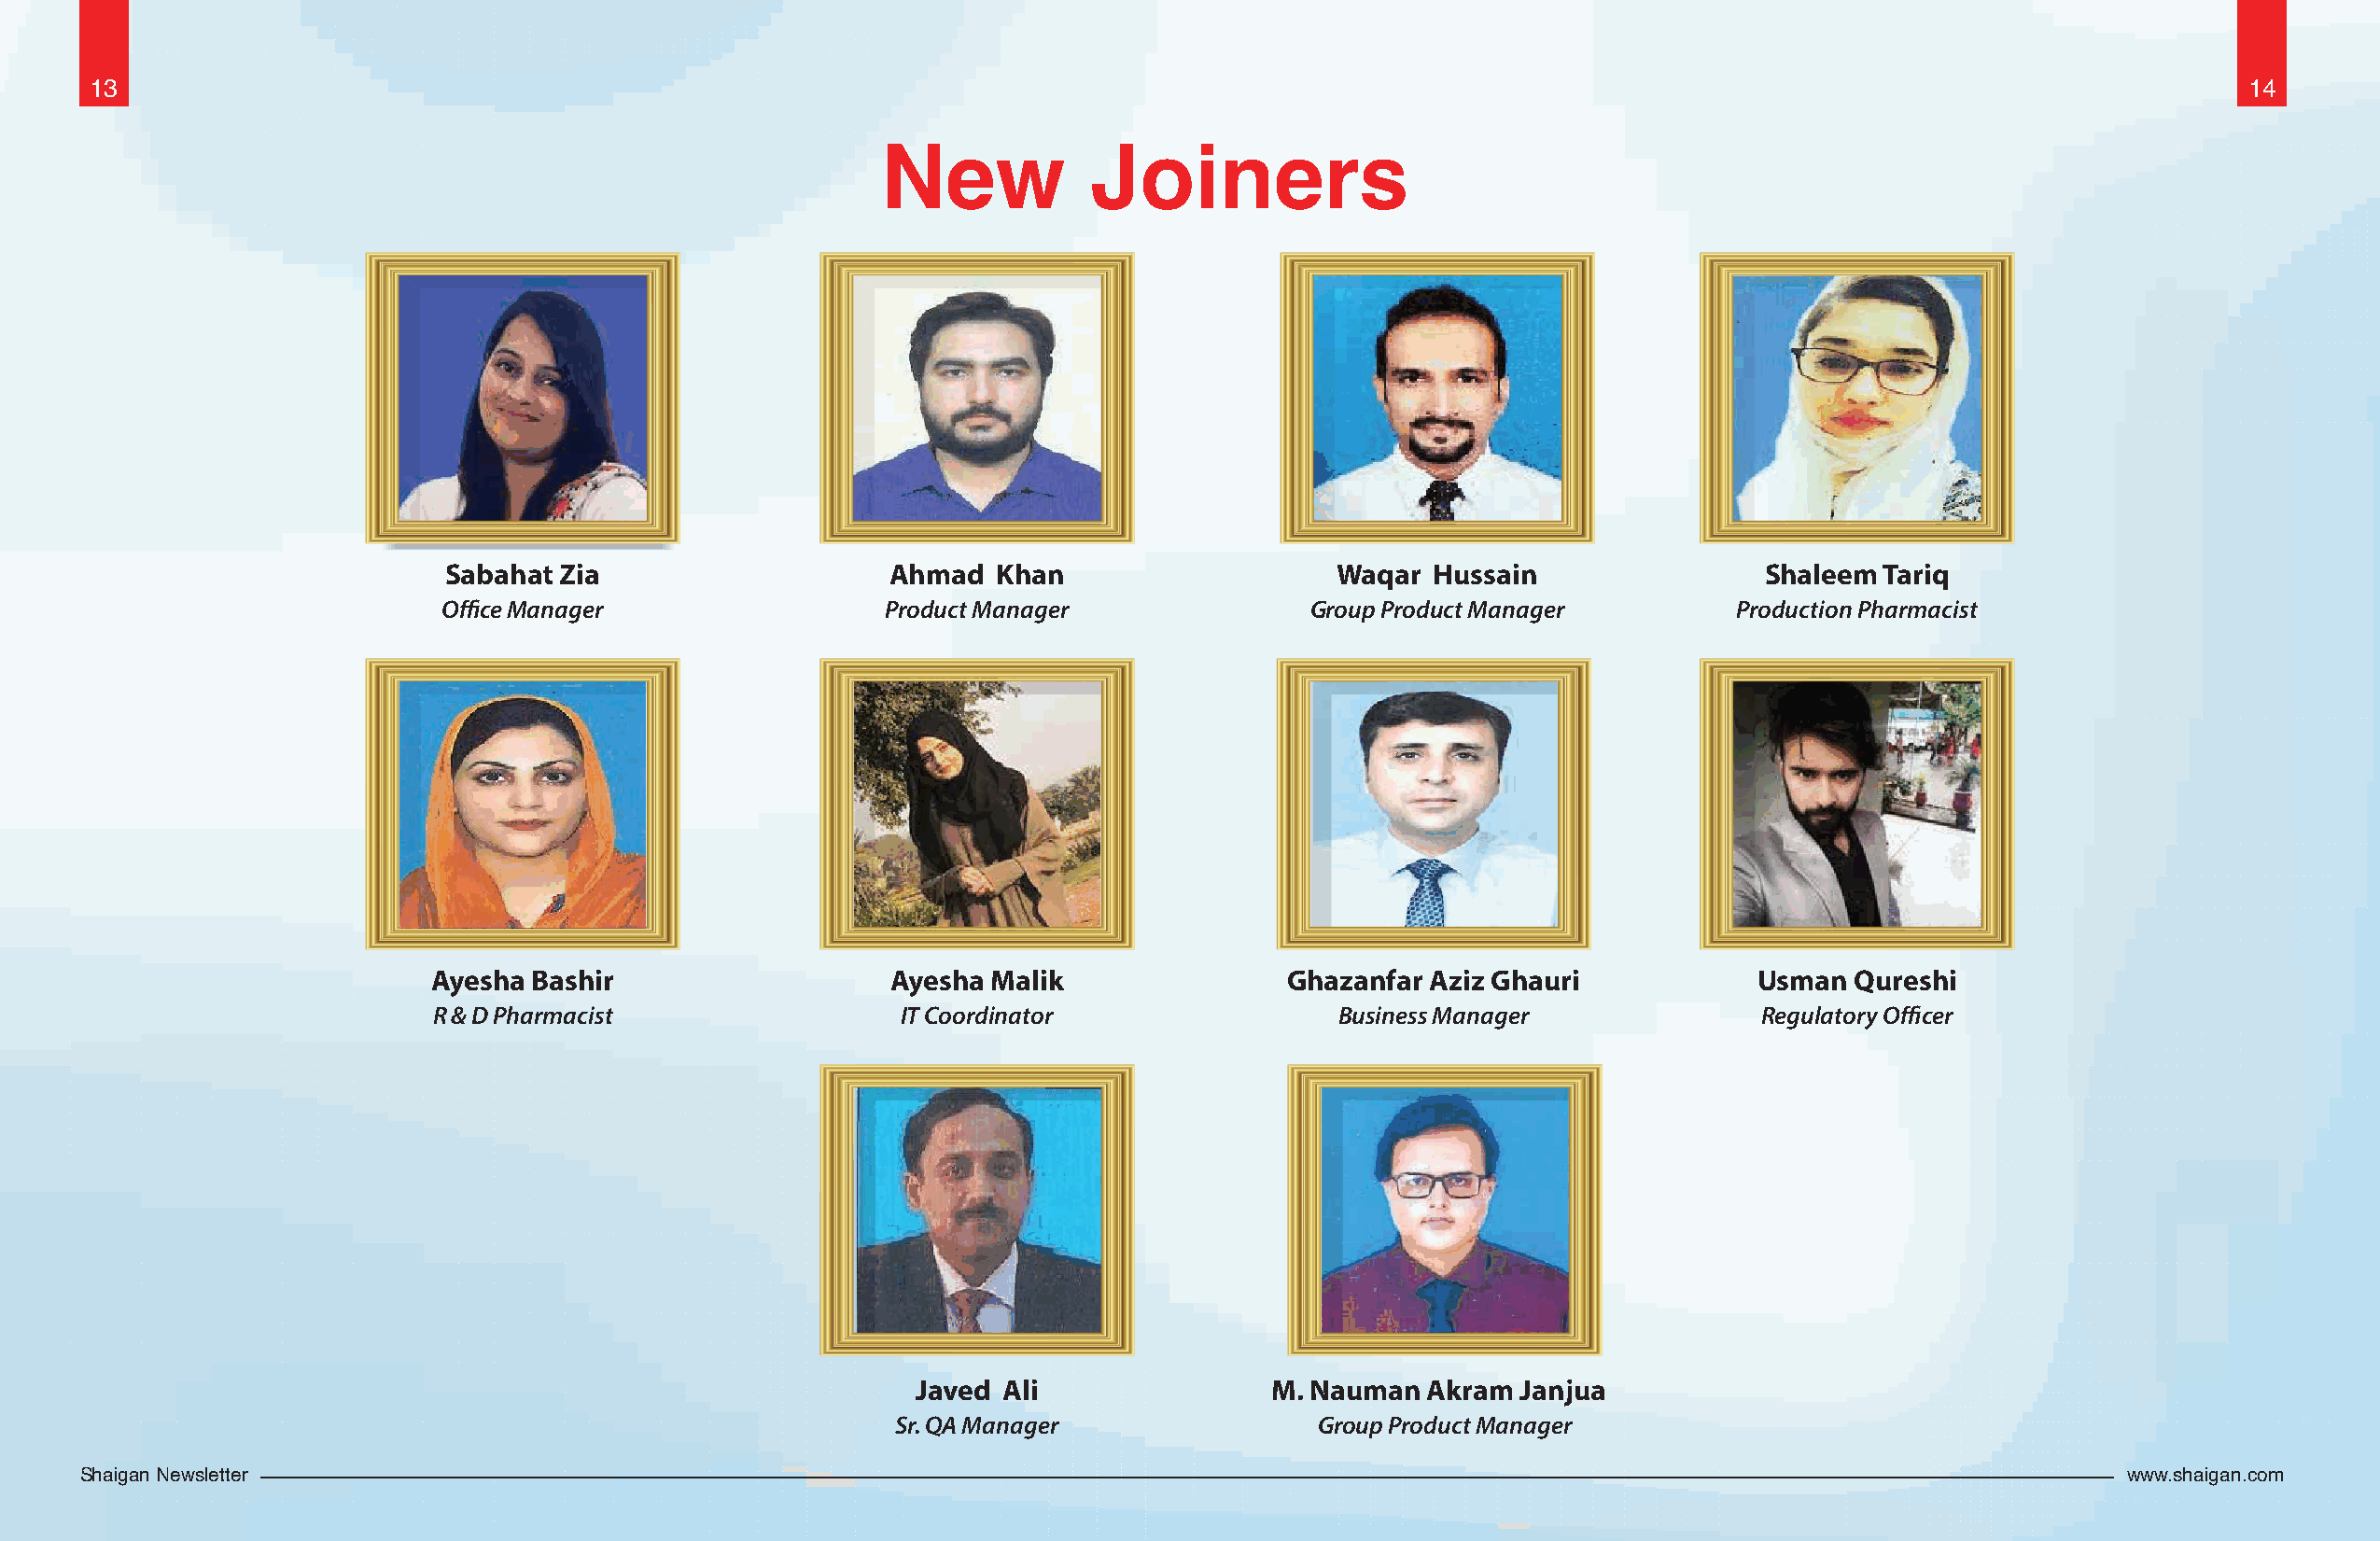
13                                                                                                                                                       14
 New           Joiners
 Sabahat Zia                    Ahmad   Khan                    Waqar  Hussain                Shaleem  Tariq
 Office Manager                  Product Manager               Group Product Manager         Production Pharmacist
 Ayesha Bashir                   Ayesha Malik                Ghazanfar Aziz Ghauri             Usman  Qureshi
 R & D Pharmacist                 IT Coordinator                 Business Manager              Regulatory Officer
 Javed Ali                M. Nauman  Akram  Janjua
 Sr. QA Manager                Group Product Manager
 Shaigan Newsletter                                                                                                                               www.shaigan.com